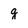
Character: g